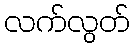
လက်လွတ်